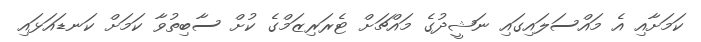
ކަމަށާއި އެ މައްސަލައިގައި ނަޝީދުގެ މައްޗަށް ޓެރަރިޒަމްގެ ކުށް ސާބިތުވާ ކަމަށް ކަނޑައަޅައި